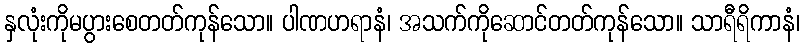
နှလုံးကိုမပွားစေတတ်ကုန်သော။ ပါဏဟရာနံ၊ အသက်ကိုဆောင်တတ်ကုန်သော။ သာရီရိကာနံ၊